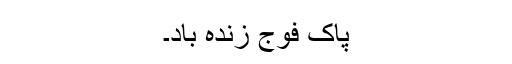
پاک فوج زندہ باد۔